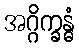
အဂ္ဂိက္ခန္ဓံ